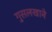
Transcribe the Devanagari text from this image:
गुसलखाने